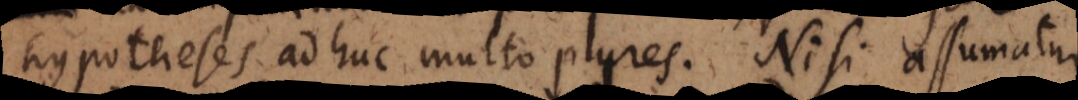
hypotheses ahuc multo plures. Nisi assumatur